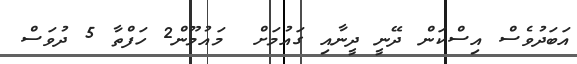
އަބަދުވެސް އިސްކަން ދޭނީ ދީނާއި ގައުމަށް  މައުމޫން2 ހަފްތާ 5 ދުވަސް